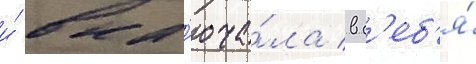
и́ вкл'юча́ла в с'еб'я́